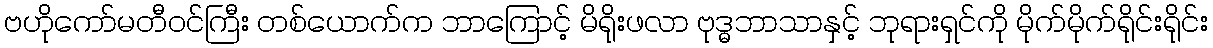
ဗဟိုကော်မတီဝင်ကြီး တစ်ယောက်က ဘာကြောင့် မိရိုးဖလာ ဗုဒ္ဓဘာသာနှင့် ဘုရားရှင်ကို မိုက်မိုက်ရိုင်းရိုင်း